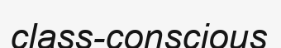
class-conscious